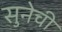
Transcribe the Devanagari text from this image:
सुनेची